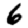
Digit: 6